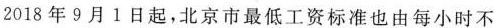
2018年9月1日起，北京市最低工资标准也由每小时不